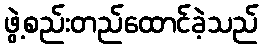
ဖွဲ့စည်းတည်ထောင်ခဲ့သည်